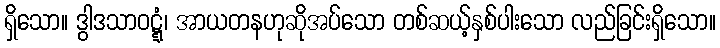
ရှိသော။ ဒွါဒသာဝဋ္ဋံ၊ အာယတနဟုဆိုအပ်သော တစ်ဆယ့်နှစ်ပါးသော လည်ခြင်းရှိသော။